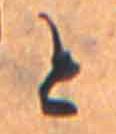
と